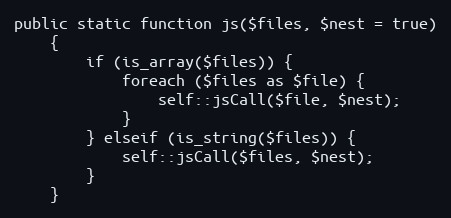
Language: PHP
public static function js($files, $nest = true)
    {
        if (is_array($files)) {
            foreach ($files as $file) {
                self::jsCall($file, $nest);
            }
        } elseif (is_string($files)) {
            self::jsCall($files, $nest);
        }
    }